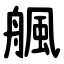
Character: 䑺